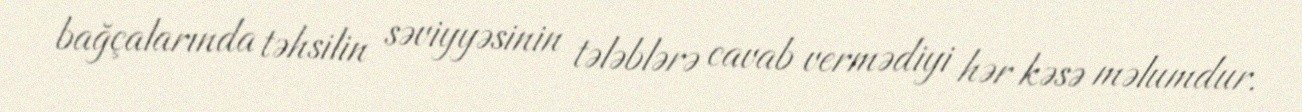
bağçalarında təhsilin səviyyəsinin tələblərə cavab vermədiyi hər kəsə məlumdur.